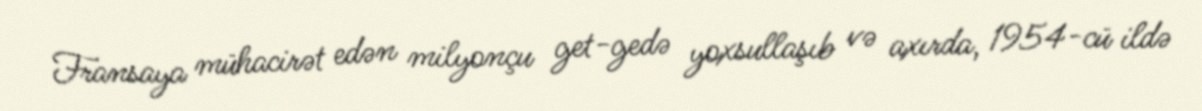
Fransaya mühacirət edən milyonçu get-gedə yoxsullaşıb və axırda, 1954-cü ildə